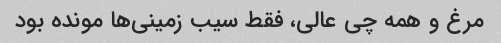
مرغ و همه چی عالی، فقط سیب زمینی‌ها مونده بود